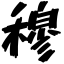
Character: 穆